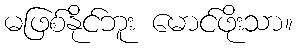
မဖြစ်နိုင်ဘူး မောင်ဖိုးသာ။